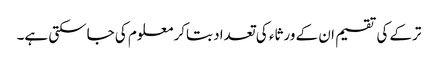
ترکے کی تقسیم ان کے ورثاء کی تعداد بتاکر معلوم کی جاسکتی ہے۔